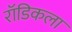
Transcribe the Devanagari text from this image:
रॉडिकला